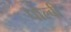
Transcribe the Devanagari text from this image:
पोल्बी